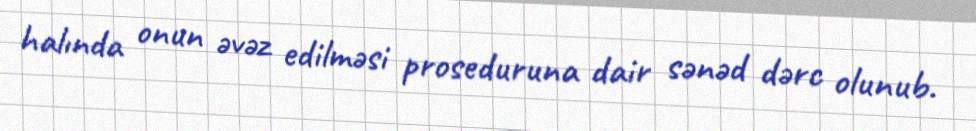
halında onun əvəz edilməsi proseduruna dair sənəd dərc olunub.